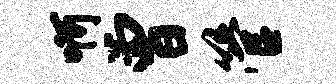
啊曾管